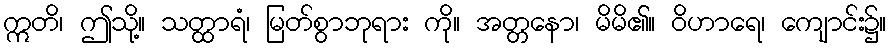
ဣတိ၊ ဤသို့။ သတ္ထာရံ၊ မြတ်စွာဘုရား ကို။ အတ္တနော၊ မိမိ၏။ ဝိဟာရေ၊ ကျောင်း၌။